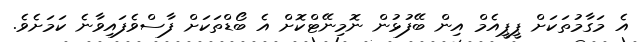
އެ މަގާމުތަކަށް ޕީޕީއެމް އިން ބޭފުޅުން ނޮމިނޭޓްކޮށް އެ ބޯޑްތަކަށް ފާސްވެފައިވާނެ ކަމަށެވެ.